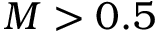
M > 0 . 5